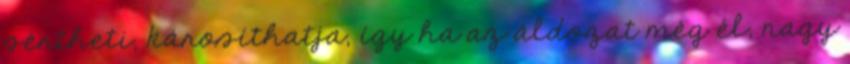
sértheti, károsíthatja, így ha az áldozat még él, nagy